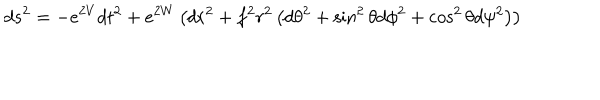
d s ^ { 2 } = - e ^ { 2 V } d t ^ { 2 } + e ^ { 2 W } \left( d r ^ { 2 } + f ^ { 2 } r ^ { 2 } \left( d \theta ^ { 2 } + \sin ^ { 2 } \theta d \phi ^ { 2 } + \cos ^ { 2 } \theta d \psi ^ { 2 } \right) \right)